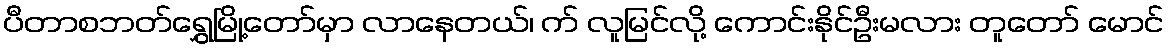
ပီတာစဘတ်ရွှေမြို့တော်မှာ လာနေတယ်၊ က် လူမြင်လို့ ကောင်းနိုင်ဦးမလား တူတော် မောင်